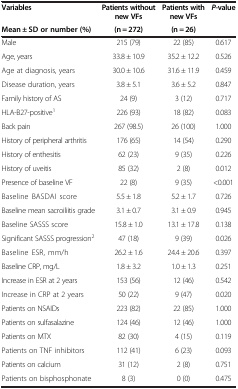
<table><thead><tr><td><b>Variables</b></td><td><b>Patients without new VFs</b></td><td><b>Patients with new VFs</b></td><td><b><i>P</i>-value</b></td></tr><tr><td><b>Mean ± SD or number (%)</b></td><td><b>(n = 272)</b></td><td><b>(n = 26)</b></td><td>[EMPTY_CELL]</td></tr></thead><tbody><tr><td>Male</td><td>215 (79)</td><td>22 (85)</td><td>0.617</td></tr><tr><td>Age, years</td><td>33.8 ± 10.9</td><td>35.2 ± 12.2</td><td>0.526</td></tr><tr><td>Age at diagnosis, years</td><td>30.0 ± 10.6</td><td>31.6 ± 11.9</td><td>0.459</td></tr><tr><td>Disease duration, years</td><td>3.8 ± 5.1</td><td>3.6 ± 5.2</td><td>0.847</td></tr><tr><td>Family history of AS</td><td>24 (9)</td><td>3 (12)</td><td>0.717</td></tr><tr><td>HLA-B27-positive<sup>1</sup></td><td>226 (93)</td><td>18 (82)</td><td>0.083</td></tr><tr><td>Back pain</td><td>267 (98.5)</td><td>26 (100)</td><td>1.000</td></tr><tr><td>History of peripheral arthritis</td><td>176 (65)</td><td>14 (54)</td><td>0.290</td></tr><tr><td>History of enthesitis</td><td>62 (23)</td><td>9 (35)</td><td>0.226</td></tr><tr><td>History of uveitis</td><td>85 (32)</td><td>2 (8)</td><td>0.012</td></tr><tr><td>Presence of baseline VF</td><td>22 (8)</td><td>9 (35)</td><td>&lt;0.001</td></tr><tr><td>Baseline BASDAI score</td><td>5.5 ± 1.8</td><td>5.2 ± 1.7</td><td>0.726</td></tr><tr><td>Baseline mean sacroiliitis grade</td><td>3.1 ± 0.7</td><td>3.1 ± 0.9</td><td>0.945</td></tr><tr><td>Baseline SASSS score</td><td>15.8 ± 1.0</td><td>13.1 ± 17.8</td><td>0.138</td></tr><tr><td>Significant SASSS progression<sup>2</sup></td><td>47 (18)</td><td>9 (39)</td><td>0.026</td></tr><tr><td>Baseline ESR, mm/h</td><td>26.2 ± 1.6</td><td>24.4 ± 20.6</td><td>0.397</td></tr><tr><td>Baseline CRP, mg/L</td><td>1.8 ± 3.2</td><td>1.0 ± 1.3</td><td>0.251</td></tr><tr><td>Increase in ESR at 2 years</td><td>153 (56)</td><td>12 (46)</td><td>0.542</td></tr><tr><td>Increase in CRP at 2 years</td><td>50 (22)</td><td>9 (47)</td><td>0.020</td></tr><tr><td>Patients on NSAIDs</td><td>223 (82)</td><td>22 (85)</td><td>1.000</td></tr><tr><td>Patients on sulfasalazine</td><td>124 (46)</td><td>12 (46)</td><td>1.000</td></tr><tr><td>Patients on MTX</td><td>82 (30)</td><td>4 (15)</td><td>0.119</td></tr><tr><td>Patients on TNF inhibitors</td><td>112 (41)</td><td>6 (23)</td><td>0.093</td></tr><tr><td>Patients on calcium</td><td>31 (12)</td><td>2 (8)</td><td>0.751</td></tr><tr><td>Patients on bisphosphonate</td><td>8 (3)</td><td>0 (0)</td><td>0.475</td></tr></tbody></table>